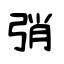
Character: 弰